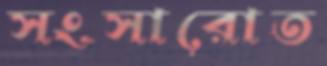
সংসারোত